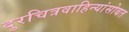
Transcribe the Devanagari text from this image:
दुरचित्रवाहिन्यांसोबत